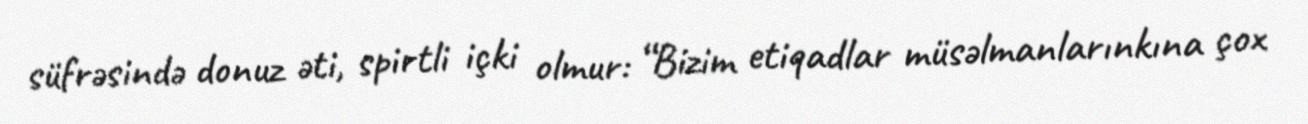
süfrəsində donuz əti, spirtli içki olmur: “Bizim etiqadlar müsəlmanlarınkına çox